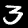
Label: 3